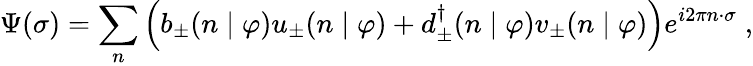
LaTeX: \Psi(\sigma)=\sum_{n}\left(b_{\pm}(n\mid\varphi)u_{\pm}(n\mid\varphi)+d_{\pm}^{\dagger}(n\mid\varphi)v_{\pm}(n\mid\varphi)\right)e^{i2\pi n\cdot\sigma}\; ,